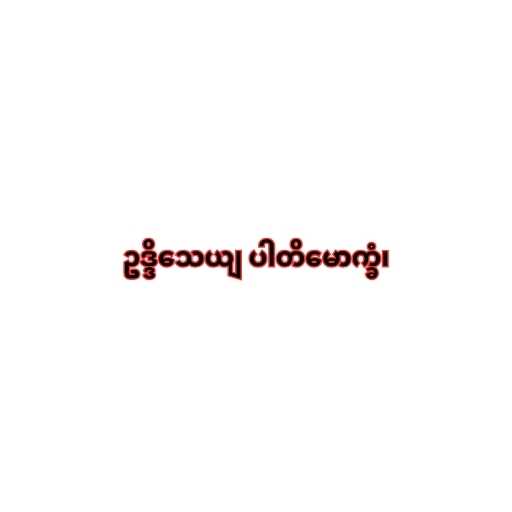
ဥဒ္ဒိသေယျ ပါတိမောက္ခံ၊